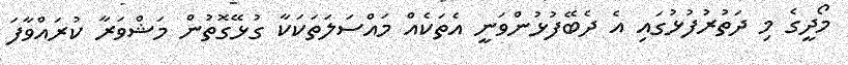
މޯދީގެ މި ދަތުރުފުޅުގައި އެ ދެބޭފުޅުންވަނީ އެތަކެއް މައްސަލަތަކަކާ ގުޅޭގޮތުން މަޝްވަރާ ކުރައްވާފަ